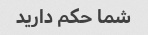
شما حکم دارید